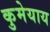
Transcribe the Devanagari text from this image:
कुमेयाय